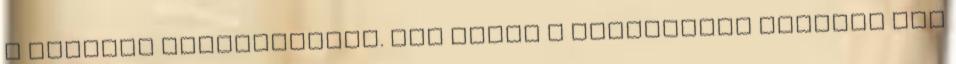
a napidíj eltörléséről. Ezt végül a parlamenti többség nem